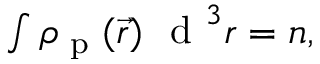
\begin{array} { r } { \int \rho _ { \textrm { p } } ( \vec { r } ) ~ \textrm { d } ^ { 3 } r = n , } \end{array}